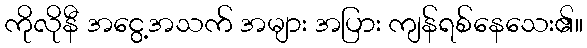
ကိုလိုနီ အငွေ့အသက် အများ အပြား ကျန်ရစ်နေသေး၏။